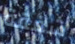
شفقة